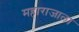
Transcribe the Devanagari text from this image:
महाराजाला